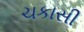
ચકાસી